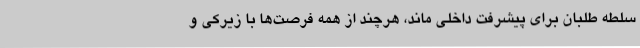
سلطه طلبان برای پیشرفت داخلی ماند، هرچند از همه فرصت‌ها با زیرکی و